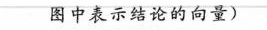
图中表示结论的向量)第20题图